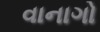
વાનાગો